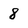
Character: 8